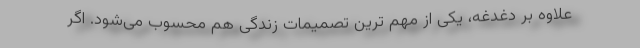
علاوه بر دغدغه، یکی از مهم ترین تصمیمات زندگی هم محسوب می‌شود. اگر